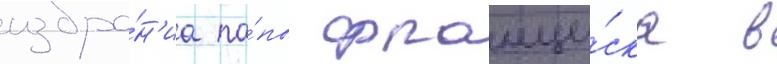
избра́н'иа па́пы франци́ска в